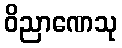
ဝိညာဏေသု